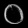
Digit: ၀